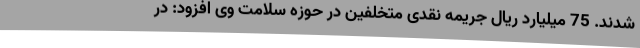
شدند. 75 میلیارد ریال جریمه نقدی متخلفین در حوزه سلامت وی افزود: در